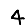
Digit: 4